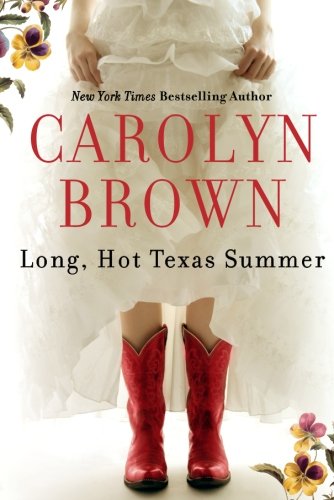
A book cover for Long, Hot Texas Summer; Carolyn Brown; Literature & Fiction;